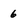
Character: 6